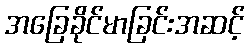
အခြေခိုင်မာခြင်းအဆင့်